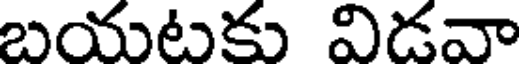
బయటకు విడవా